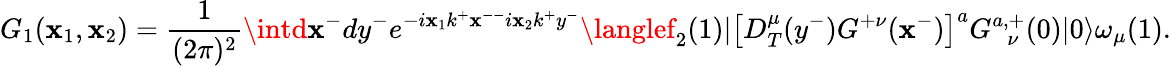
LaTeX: G_{1}(\mathbf{x}_{1},\mathbf{x}_{2})=\frac{{1}}{{(2\pi)^{2}}}\intd\mathbf{x}^{-}dy^{-}e^{-i\mathbf{x}_{1}k^{+}\mathbf{x}^{--}i\mathbf{x}_{2}k^{+}y^{-}}\langlef_{2}(1)\vert\big[D_{T}^{\mu}(y^{-})G^{+\nu}(\mathbf{x}^{-})\big]^{a}G_{\ \ \ \nu}^{a,+}(0)\vert0\rangle\omega_{\mu}(1).